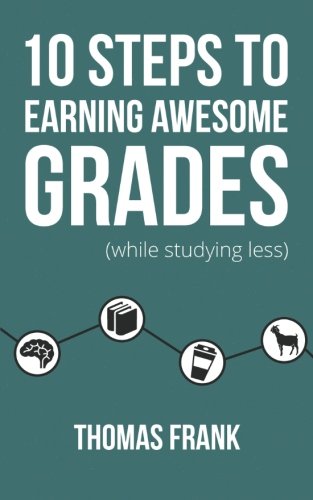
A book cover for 10 Steps to Earning Awesome Grades (While Studying Less); Thomas Frank; Test Preparation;